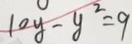
1 0 y - y ^ { 2 } = 9